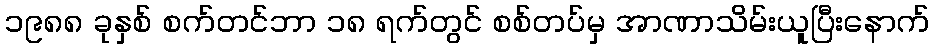
၁၉၈၈ ခုနှစ် စက်တင်ဘာ ၁၈ ရက်တွင် စစ်တပ်မှ အာဏာသိမ်းယူပြီးနောက်